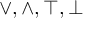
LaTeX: \vee , \wedge , \top , \bot